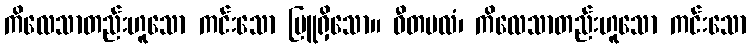
ကိလေသာတည်းဟူသော ကင်းသော မြူရှိသော။ ဝီတမလံ၊ ကိလေသာတည်းဟူသော ကင်းသော